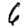
Digit: 6